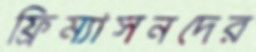
ফ্রিম্যাসনদের